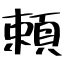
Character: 頼